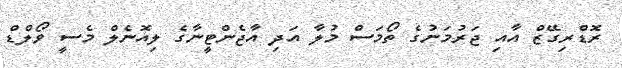
ރޮޑްރިގޭޒް އާއި ޖަރުމަނުގެ ތޯމަސް މުލާ އަދި އާޖެންޓީނާގެ ލިއޮނެލް މެސީ ވޯލްޑް